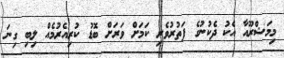
މިމަޝްރޫއާ އެކު ދެކުނުގެ ފަތުރުވެރި ކަމަށް ވަރަށް ބޮޑު ކުރިއެރުމެއް ލިބި ގިނަ